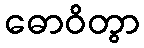
ဓောဝိတွာ